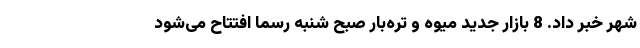
شهر خبر داد. 8 بازار جدید میوه و تره‌بار صبح شنبه رسماً افتتاح می‌شود